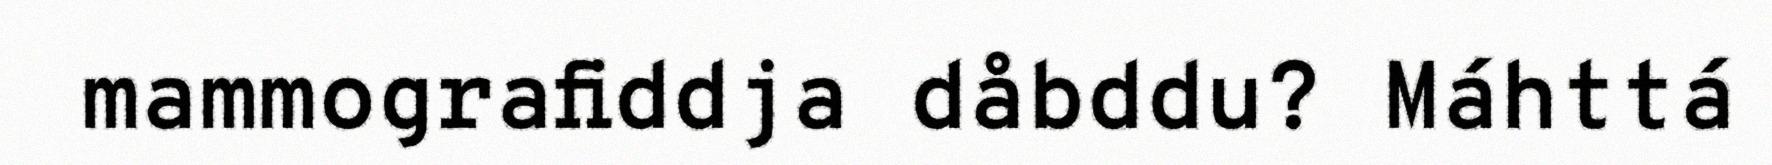
mammografiddja dåbddu? Máhttá